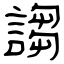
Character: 謅